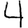
Digit: 4